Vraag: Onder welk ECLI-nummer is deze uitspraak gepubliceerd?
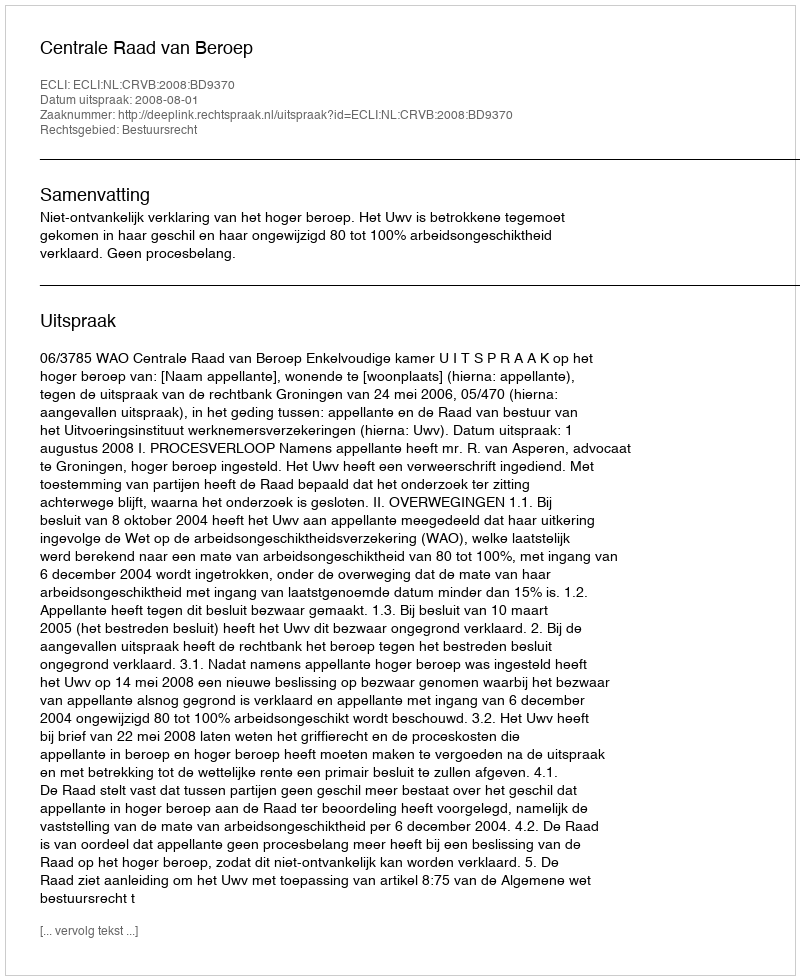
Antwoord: ECLI:NL:CRVB:2008:BD9370